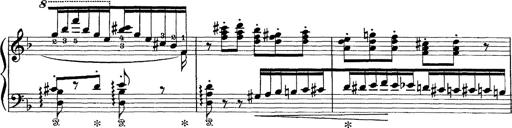
Title: Scherzo und Marsch
Composer: Franz Liszt